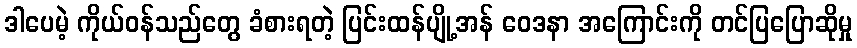
ဒါပေမဲ့ ကိုယ်ဝန်သည်တွေ ခံစားရတဲ့ ပြင်းထန်ပျို့အန် ဝေဒနာ အကြောင်းကို တင်ပြပြောဆိုမှု